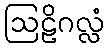
ဩဠိဂလ္လံ